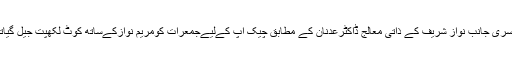
دوسری جانب نواز شریف کے ذاتی معالج ڈاکٹرعدنان کے مطابق چیک اپ کےلیےجمعرات کومریم نوازکےساتھ کوٹ لکھپت جیل گیاتھا۔